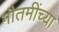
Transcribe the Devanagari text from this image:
गौतमींच्या